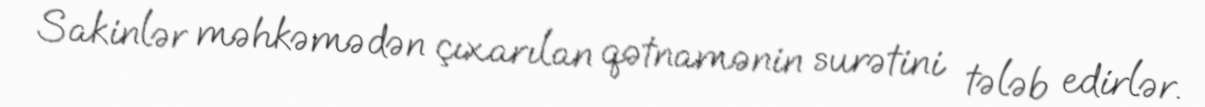
Sakinlər məhkəmədən çıxarılan qətnamənin surətini tələb edirlər.